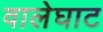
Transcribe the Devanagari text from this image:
वालेघाट